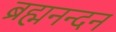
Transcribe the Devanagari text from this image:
ब्रह्मनन्दन